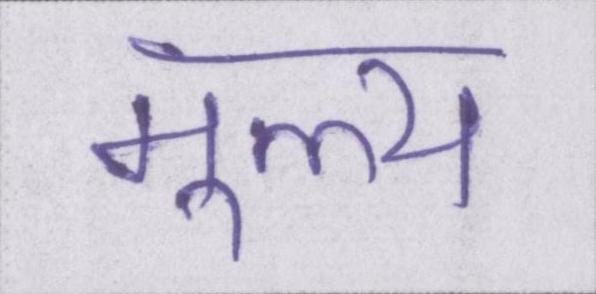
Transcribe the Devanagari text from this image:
मूल्य